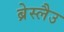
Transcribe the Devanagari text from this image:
ब्रेस्लैउ